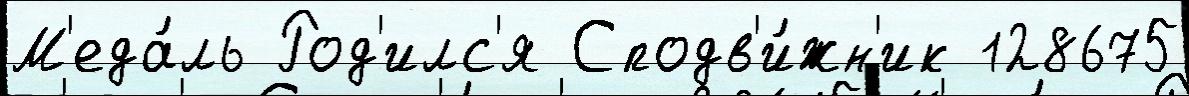
М'еда́ль Род'илс'я Сподв'и́жн'ик 128675